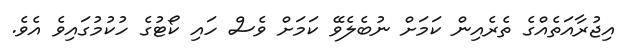
އިޖުރާއަތެއްގެ ތެރެއިން ކަމަށް ނުބެލެވޭ ކަމަށް ވެސް ހައި ކޯޓުގެ ހުކުމުގައިވެ އެވެ.